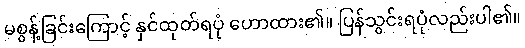
မစွန့်ခြင်းကြောင့် နှင်ထုတ်ရပုံ ဟောထား၏။ ပြန်သွင်းရပုံလည်းပါ၏။